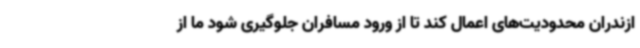
ازندران محدودیت‌های اعمال کند تا از ورود مسافران جلوگیری شود ما از